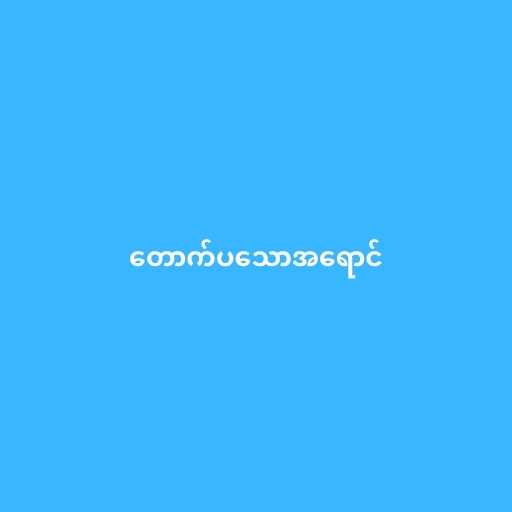
တောက်ပသောအရောင်